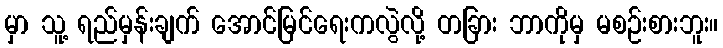
မှာ သူ့ ရည်မှန်းချက် အောင်မြင်ရေးကလွဲလို့ တခြား ဘာကိုမှ မစဉ်းစားဘူး။